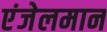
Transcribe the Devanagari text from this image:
एंजेलमान